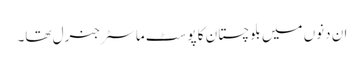
ان دنوں میں بلوچستان کا پوسٹ ماسٹر جنرل تھا۔